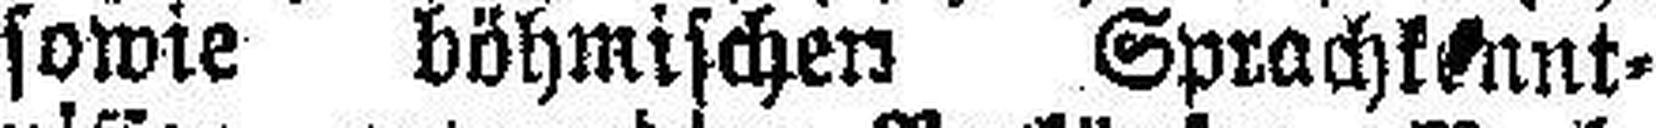
sowie böhmischen Sprachkennt¬